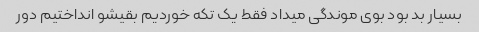
بسیار بد بود بوی موندگی میداد فقط یک تکه خوردیم بقیشو انداختیم دور